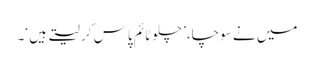
میں نے سوچا،’ چلوٹائم پاس کر لیتے ہیں ‘۔